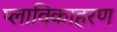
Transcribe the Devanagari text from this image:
प्लाविकाहरण